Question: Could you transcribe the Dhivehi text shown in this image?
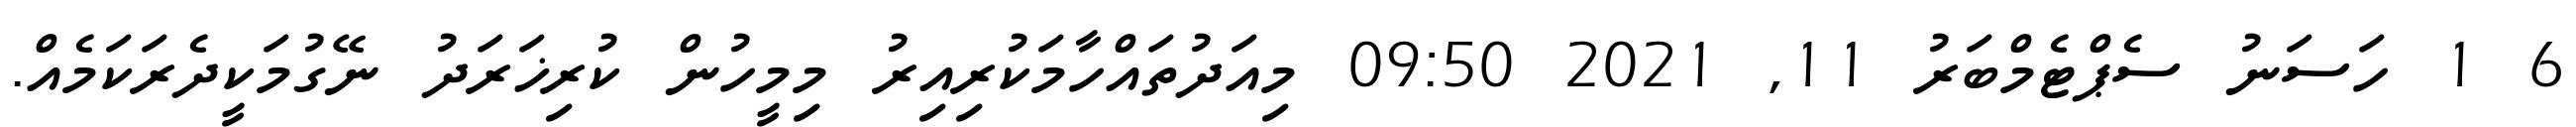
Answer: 6 1 ހަސަނު ސެޕްޓެމްބަރު 11, 2021 09:50 މިއަދުތައްހާމަކުރިއިރު މިމީހުން ކުރިޚަރަދު ނޭގުމަކީދެރަކަމެއް.